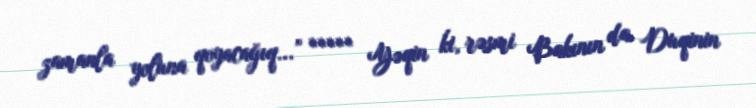
zamanla yoluna qoyacağıq...” ***** Yəqin ki, rəsmi Bakının da Duqinin